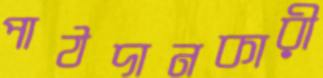
পাঠদানকারী